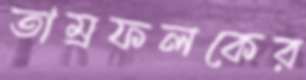
তাম্রফলকের